Report of the Municipal Commissioner on the plague in Bombay for the year ending 31st May... - Volume 2
Disease focus: Plague
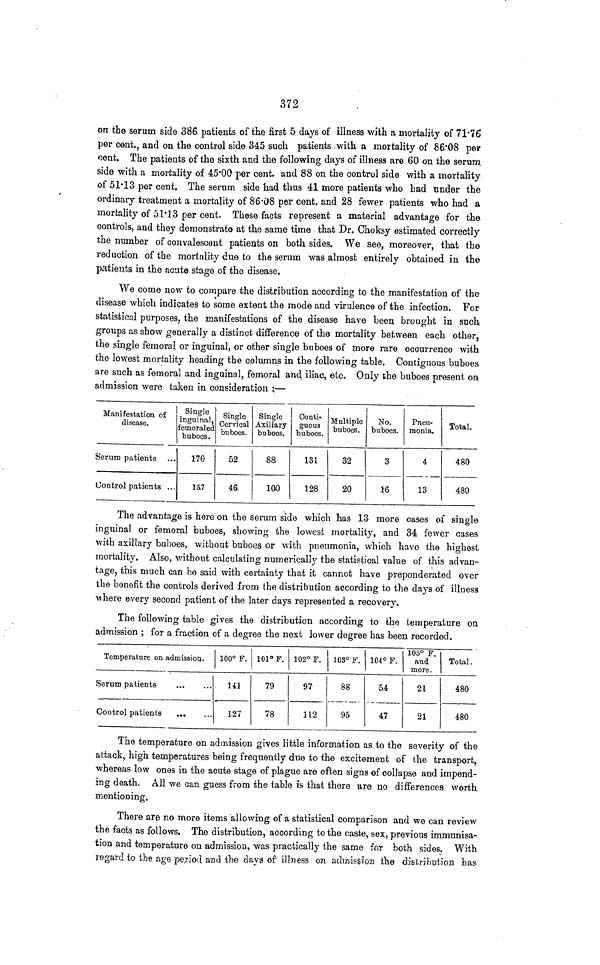
372
on the serum side 386 patients of the first 5 days of illness with a mortality of 71.76
per cent., and on the control side 345 such patients with a mortality of 86.08 per
cent. The patients of the sixth and the following days of illness are 60 on the serum
side with a mortality of 45.00 per cent. and 88 on the control side with a mortality
of 51.13 per cent. The serum side had thus 41 more patients who had under the
ordinary treatment a mortality of 86.08 per cent. and 28 fewer patients who had a
mortality of 51.13 per cent. These facts represent a material advantage for the
controls, and they demonstrate at the same time that Dr. Choksy estimated correctly
the number of convalescent patients on both sides. We see, moreover, that the
reduction of the mortality due to the serum was almost entirely obtained in the
patients in the acute stage of the disease.
We come now to compare the distribution according to the manifestation of the
disease which indicates to some extent the mode and virulence of the infection. For
statistical purposes, the manifestations of the disease have been brought in such
groups as show generally a distinct difference of the mortality between each other,
the single femoral or inguinal, or other single buboes of more rare occurrence with
the lowest mortality heading the columns in the following table. Contiguous buboes
are such as femoral and inguinal, femoral and iliac, etc. Only the buboes present on
admission were taken in consideration :—
Manifestation of
disease.
Serum patients
Control patients ...
Single
inguinal,
femoraled
buboes.
170
15.7
Single
Cervical
buboes.
52
46
Single
Axillary
buboes.
88
100
Conti-
guous
buboes.
131
128
Multiple
buboes.
32
20
No.
buboes.
3
16
Pneu-
monia.
4
13
Total.
480
480
The advantage is here on the serum side which has 13 more cases of single
inguinal or femoral buboes, showing the lowest mortality, and 34 fewer cases
with axillary buboes, without buboes or with pneumonia, which have the highest
mortality. Also, without calculating numerically the statistical value of this advan-
tage, this much can be said with certainty that it cannot have preponderated over
the benefit the controls derived from the distribution according to the days of illness
where every second patient of the later days represented a recovery.
The following table gives the distribution according to the temperature on
admission ; for a fraction of a degree the next lower degree has been recorded.
Temperature on admission.
Serum patients
...
Control patients
100° F.
141
127
101° F.
79
78
102° F.
97
112
103° F.
88
95
104° F.
5.4
47
105° F.
and
more.
21
21
Total.
480
480
The temperature on admission gives little information as to the severity of the
attack, high temperatures being frequently due to the excitement of the transport,
whereas low ones in the acute stage of plague are often signs of collapse and impend-
ing death. All we can guess from the table is that there are no differences worth
mentioning.
There are no more items allowing of a statistical comparison and we can review
the facts as follows. The distribution, according to the caste, sex, previous immunisa-
tion and temperature on admission, was practically the same for both sides. With
regard to the age period and the days of illness on admission the distribution has